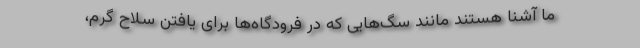
ما آشنا هستند مانند سگ‌هایی که در فرودگاه‌ها برای یافتن سلاح گرم،